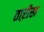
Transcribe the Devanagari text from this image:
ताऱीख